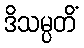
ဒိသမ္ပတိံ